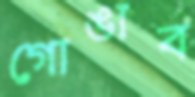
গোঙাব